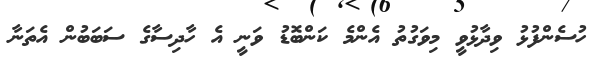
ހުސެންފުޅު ވިދާޅުވީ މިވަގުތު އެންމެ ކަންބޮޑު ވަނީ އެ ހާދިސާގެ ސަބަބުން އެތަނާ